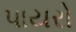
પાયરો